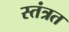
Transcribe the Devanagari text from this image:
स्तंत्रत